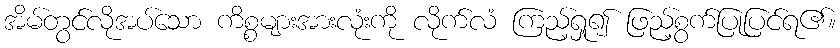
အိမ်တွင်လိုအပ်သော ကိစ္စများအားလုံးကို လိုက်လံ ကြည့်ရှု၍ ဖြည့်စွက်ပြုပြင်ရ၏။